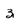
Character: 3